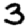
Digit: 3